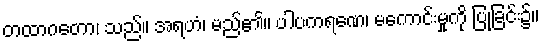
တထာဂတော၊ သည်။ အရဟံ၊ မည်၏။ ပါပကရဏေ၊ မကောင်းမှုကို ပြုခြင်း၌။